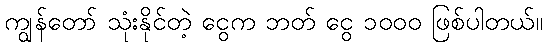
ကျွန်တော် သုံးနိုင်တဲ့ ငွေက ဘတ် ငွေ ၁၀၀၀ ဖြစ်ပါတယ်။